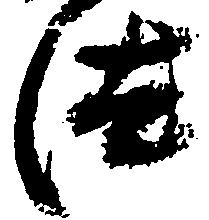
汰